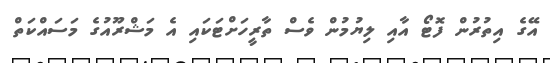
އޭގެ އިތުރުން ފޮޓޯ އާއި ލިޔުމުން ވެސް ތާރީހަށްޓަކައި އެ މަޝްރޫއުގެ މަސައްކަތް